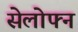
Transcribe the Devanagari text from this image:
सेलोफ्न